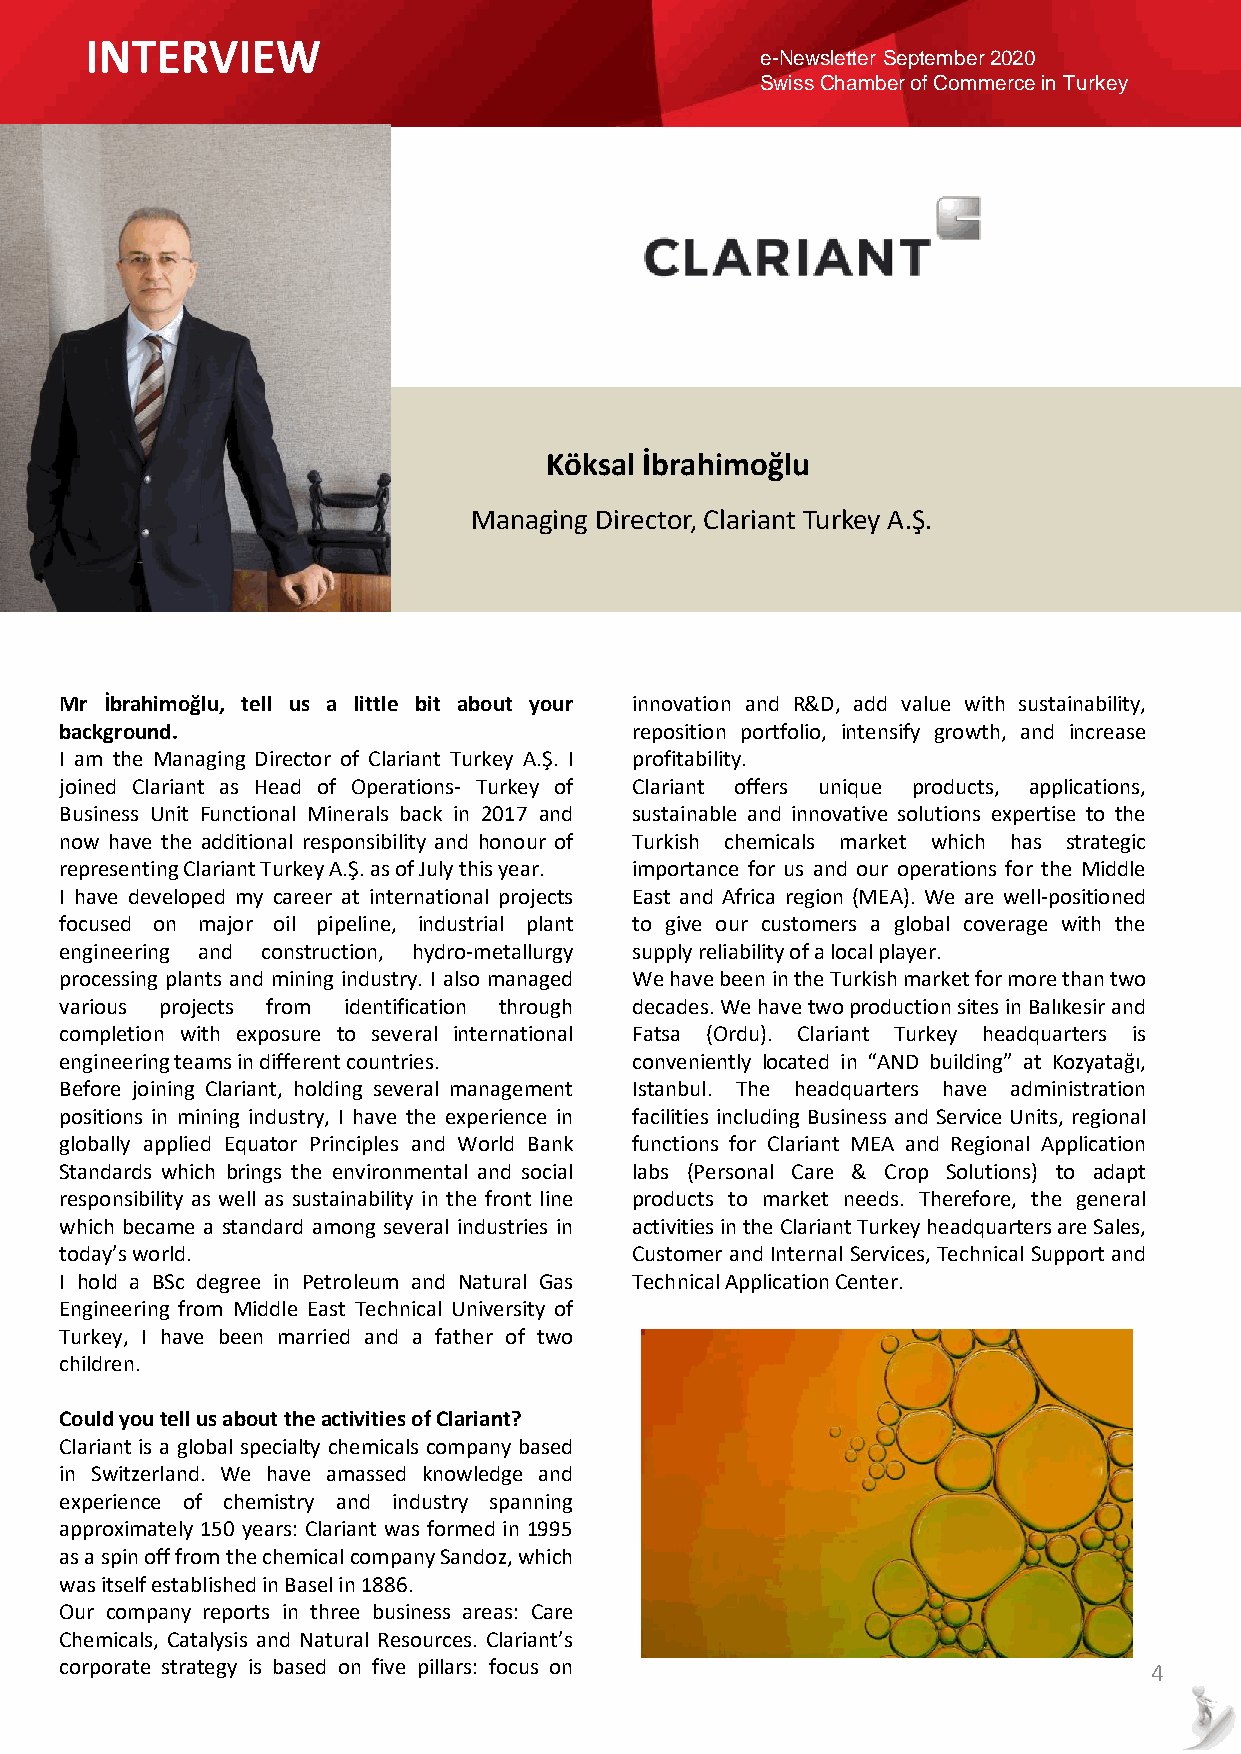
INTERVIEW
 e-Newsletter September 2020
 Swiss Chamber of Commerce in Turkey
 Köksal İbrahimoğlu
 Managing Director, Clariant Turkey A.Ş.
 Mr İbrahimoğlu, tell us a little bit about your innovation and R&D, add value with sustainability,
 background.                           reposition portfolio, intensify growth, and increase
 I am the Managing Director of Clariant Turkey A.Ş. I profitability.
 joined Clariant as Head of Operations- Turkey of Clariant offers unique products, applications,
 Business Unit Functional Minerals back in 2017 and sustainable and innovative solutions expertise to the
 now have the additional responsibility and honour of Turkish chemicals market which has strategic
 representingClariantTurkeyA.Ş.asofJulythisyear. importance for us and our operations for the Middle
 I have developed my career at international projects East and Africa region (MEA). We are well-positioned
 focused on major oil pipeline, industrial plant to give our customers a global coverage with the
 engineering and construction, hydro-metallurgy supplyreliabilityofalocalplayer.
 processing plants and mining industry. I also managed WehavebeenintheTurkishmarketformorethantwo
 various projects from identification through decades.WehavetwoproductionsitesinBalıkesirand
 completion with exposure to several international Fatsa (Ordu). Clariant Turkey headquarters is
 engineeringteamsindifferentcountries. conveniently located in “AND building” at Kozyatağı,
 Before joining Clariant, holding several management Istanbul. The headquarters have administration
 positions in mining industry, I have the experience in facilities including Business and Service Units, regional
 globally applied Equator Principles and World Bank functions for Clariant MEA and Regional Application
 Standards which brings the environmental and social labs (Personal Care & Crop Solutions) to adapt
 responsibility as well as sustainability in the front line products to market needs. Therefore, the general
 which became a standard among several industries in activitiesintheClariantTurkeyheadquartersareSales,
 today’sworld.                         Customer and InternalServices, Technical Support and
 I hold a BSc degree in Petroleum and Natural Gas TechnicalApplicationCenter.
 Engineering from Middle East Technical University of
 Turkey, I have been married and a father of two
 children.
 CouldyoutellusabouttheactivitiesofClariant?
 Clariant is a global specialty chemicals company based
 in Switzerland. We have amassed knowledge and
 experience of chemistry and industry spanning
 approximately 150 years: Clariant was formed in 1995
 asaspinofffromthechemicalcompanySandoz,which
 wasitselfestablishedinBaselin1886.
 Our company reports in three business areas: Care
 Chemicals, Catalysis and Natural Resources. Clariant’s
 corporate strategy is based on five pillars: focus on                   4